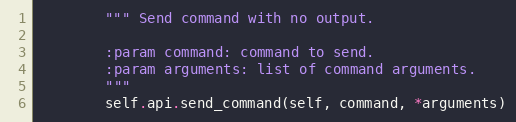
Language: Python
        """ Send command with no output.

        :param command: command to send.
        :param arguments: list of command arguments.
        """
        self.api.send_command(self, command, *arguments)